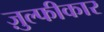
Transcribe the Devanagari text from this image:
ज़ुल्फीकार